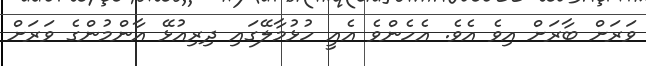
ވަރަށް ބާރަށް އިވެ އެވެ. އެހެންވެ އެއީ ހުޅުމާލޭގައި ދިރިއުޅޭ އާންމުންގެ ވަރަށް